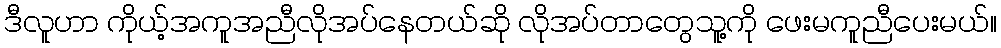
ဒီလူဟာ ကိုယ့်အကူအညီလိုအပ်နေတယ်ဆို လိုအပ်တာတွေသူ့ကို ဖေးမကူညီပေးမယ်။